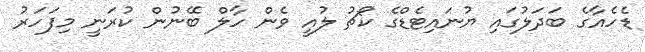
ޑެހެއާގެ ބަދަލުގައި ޔުނައިޓެޑްގެ ކޯޗު ލުއީ ވެން ހާލް ބޭނުން ކުރަނީ މިފަހަރު